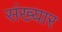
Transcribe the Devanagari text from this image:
संख्यार